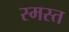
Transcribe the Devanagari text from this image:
स्मस्त